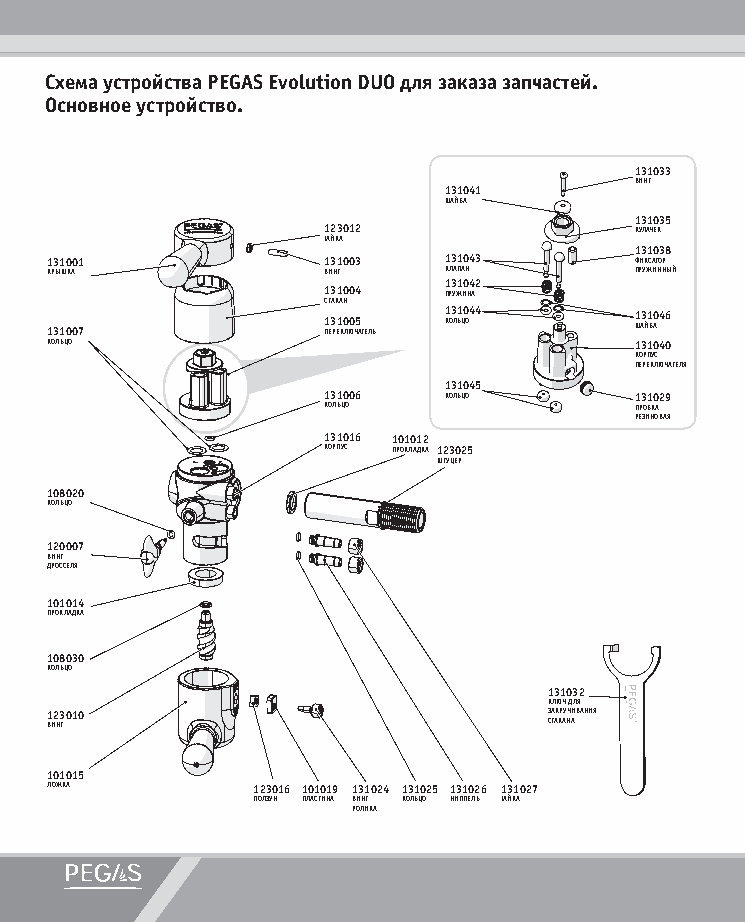
Схема устройства PEGAS Evolution DUO для заказа запчастей.
 Основное устройство.
 131033
 ВИНТ
 131041
 ШАЙБА
 131035
 123012               КУЛАЧЕК
 ГАЙКА
 131038
 131001            131003  131043       ФИКСАТОР
 КРЫШКА            ВИНТ    КЛАПАН       ПРУЖИННЫЙ
 131042
 131004  ПРУЖИНА
 СТАКАН
 131007
 1 ПЕ3 РЕ1 К0 ЛЮ0 Ч5
 АТЕЛЬ
 1 КО3 Л1 ЬЦ0 О44 1 ША3 Й1 Б0 А46
 КОЛЬЦО                                 131040
 КОРПУС
 ПЕРЕКЛЮЧАТЕЛЯ
 131045
 131006  КОЛЬЦО       131029
 КОЛЬЦО               ПРОБКА
 РЕЗИНОВАЯ
 131016 101012
 КОРПУС ПРОКЛАДКА 123025
 ШТУЦЕР
 108020
 КОЛЬЦО
 120007
 ВИНТ
 ДРОССЕЛЯ
 101014
 ПРОКЛАДКА
 108030
 КОЛЬЦО
 131032
 КЛЮЧ ДЛЯ
 123010                           ЗАКРУЧИВАНИЯ
 ВИНТ                             СТАКАНА
 101015
 ЛОЖКА         123016 101019 131024 131025 131026 131027
 ПОЛЗУН ПЛАСТИНА ВИНТ КОЛЬЦО НИППЕЛЬ ГАЙКА
 РОЛИКА
 PEGAS EVOLUTION DUO